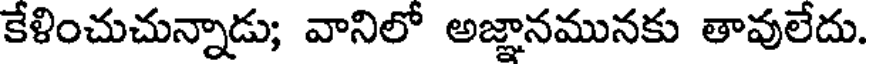
కేళించుచున్నాడు; వానిలో అజ్ఞానమునకు తావులేదు.